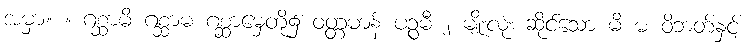
အမှာ။ ။ ဂစ္ဆာမိ ဂစ္ဆာမ ဂစ္ဆာမှေတို့၌ ဝတ္တမာန် ပဉ္စမီ ၂ မျိုးလုံး ဆိုင်သော မိ မ ဝိဘတ်နှင့်